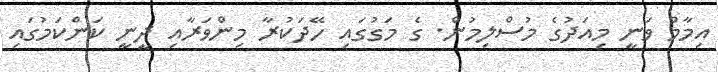
އިމާމް ވަނީ މިއަދުގެ މުސްލިމުން. ގެ މަގުގައި ހޭދަކުރާ މިންވަރާއި ދީނީ ކަންކަމުގައި